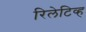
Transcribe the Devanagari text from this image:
रिलेटिव्ह